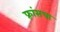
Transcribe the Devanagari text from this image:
फ़्रांसचा